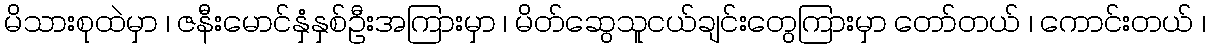
မိသားစုထဲမှာ ၊ ဇနီးမောင်နှံနှစ်ဦးအကြားမှာ ၊ မိတ်ဆွေသူငယ်ချင်းတွေကြားမှာ တော်တယ် ၊ ကောင်းတယ် ၊